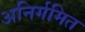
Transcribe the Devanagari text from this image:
अनिर्गमित